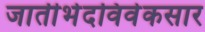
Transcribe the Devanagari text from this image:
जातीभेदविवेकसार